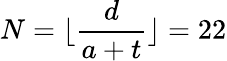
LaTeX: N=\lfloor\frac{d}{a+t}\rfloor=22